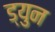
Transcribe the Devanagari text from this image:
ड्युन